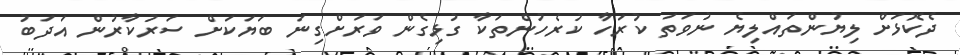
ދެކޮޅަށް ލިޔުންތައްލިޔެ ނުވަތަ ކުރަހާ ކުރެހުންތަކާ ގުޅިގެން ވަރަށްގިނަ ބަޔަކަށް ސަރުކާރުން އަދަބު